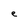
Character: e